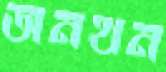
অনথন